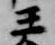
王